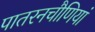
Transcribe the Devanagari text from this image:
पातरनचौणियां